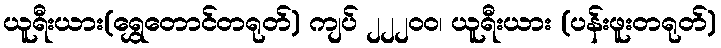
ယူရီးယား(ရွှေတောင်တရုတ်) ကျပ် ၂၂၂၀ဝ၊ ယူရီးယား (ပန်းဖူးတရုတ်)